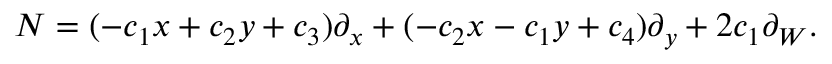
N = ( - c _ { 1 } x + c _ { 2 } y + c _ { 3 } ) \partial _ { x } + ( - c _ { 2 } x - c _ { 1 } y + c _ { 4 } ) \partial _ { y } + 2 c _ { 1 } \partial _ { W } .